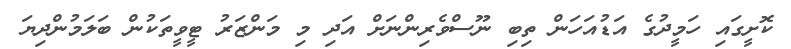
ކޮށީގައި ހަމީދުގެ އަޑުއަހަން ތިބި ނޫސްވެރިންނަށް އަދި މި މަންޒަރު ޓީވީތަކުން ބަލަމުންދިޔަ